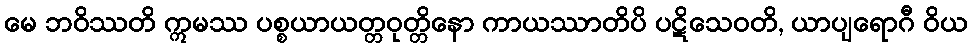
မေ ဘဝိဿတိ ဣမဿ ပစ္စယာယတ္တဝုတ္တိနော ကာယဿာတိပိ ပဋိသေဝတိ, ယာပျရောဂီ ဝိယ